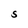
Character: S